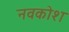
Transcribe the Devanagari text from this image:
नवकोश